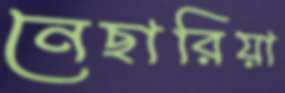
নেছারিয়া